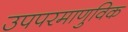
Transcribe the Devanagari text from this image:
उपपरमाणुविक